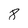
Character: 8